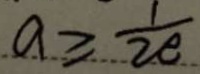
a \geq \frac { 1 } { 2 e }